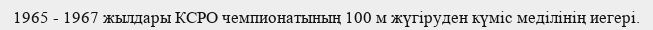
1965 - 1967 жылдары КСРО чемпионатының 100 м жүгіруден күміс меділінің иегері.